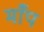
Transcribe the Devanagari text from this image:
माँप